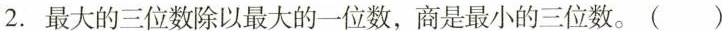
2. 最大的三位数除以最大的一位数，商是最小的三位数。 ( )